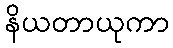
နိယတာယုကာ